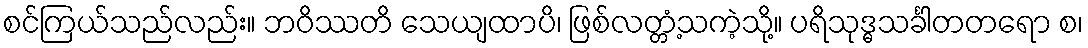
စင်ကြယ်သည်လည်း။ ဘဝိဿတိ သေယျထာပိ၊ ဖြစ်လတ္တံ့သကဲ့သို့။ ပရိသုဒ္ဓသင်္ခါတတရော စ၊